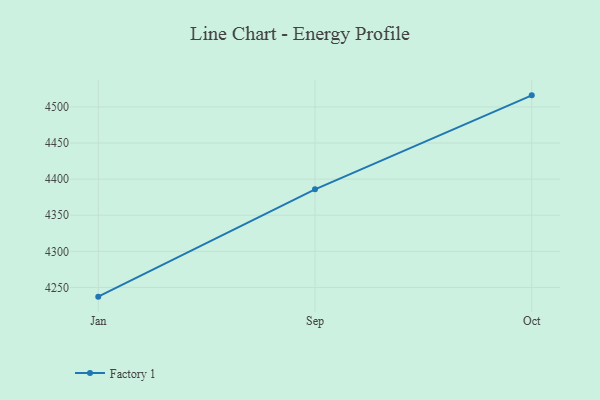
{"axis": {"x": "Month", "y": "Demand Index"}, "legend": ["Factory 1"], "data": [{"x": "Jan", "y": 4237.2, "type": "Factory 1"}, {"x": "Sep", "y": 4385.9, "type": "Factory 1"}, {"x": "Oct", "y": 4516.1, "type": "Factory 1"}]}